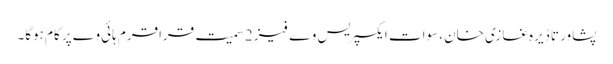
پشاور تا ڈیرہ غازی خان، سوات ایکسپریس وے فیز 2 سمیت قراقرم ہائی وے پر کام ہوگا۔